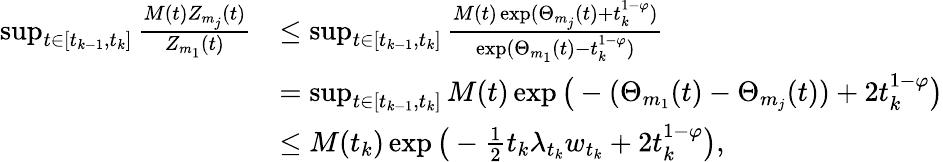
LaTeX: \begin{array}{rl}{\operatorname*{sup}_{t\in[t_{k-1},t_{k}]}\frac{M(t)Z_{m_{j}}(t)}{Z_{m_{1}}(t)}}&{\leq\operatorname*{sup}_{t\in[t_{k-1},t_{k}]}\frac{M(t)\exp(\Theta_{m_{j}}(t)+t_{k}^{1-\varphi})}{\exp(\Theta_{m_{1}}(t)-t_{k}^{1-\varphi})}}\\ &{=\operatorname*{sup}_{t\in[t_{k-1},t_{k}]}M(t)\exp\big(-(\Theta_{m_{1}}(t)-\Theta_{m_{j}}(t))+2t_{k}^{1-\varphi}\big)}\\ &{\leq M(t_{k})\exp\big(-\frac 12t_{k}\lambda_{t_{k}}w_{t_{k}}+2t_{k}^{1-\varphi}\big),}\end{array}